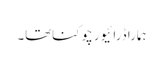
ہمارا ڈرائیور چوکناتھا۔